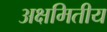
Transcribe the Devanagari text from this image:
अक्षमितीय